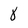
Character: 8